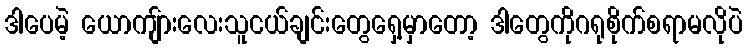
ဒါပေမဲ့ ယောကျ်ားလေးသူငယ်ချင်းတွေရှေ့မှာတော့ ဒါတွေကိုဂရုစိုက်စရာမလိုပဲ